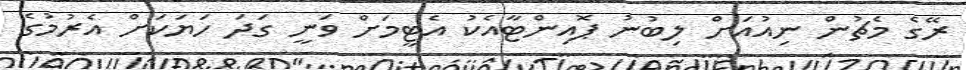
ރޭގެ މެޗުން ނިއުއަށް ލިބުނު ޕޮއިންޓާއެކު އެޓީމަށް ވަނީ ގަދަ ހަޔަކަށް އެރުމުގެ